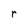
Character: r